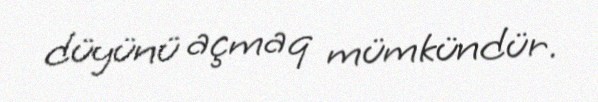
düyünü açmaq mümkündür.